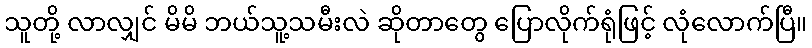
သူတို့ လာလျှင် မိမိ ဘယ်သူ့သမီးလဲ ဆိုတာတွေ ပြောလိုက်ရုံဖြင့် လုံလောက်ပြီ။